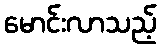
မောင်းလာသည့်